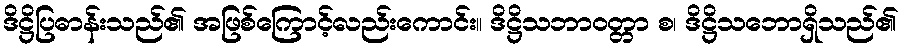
ဒိဋ္ဌိပြဓာန်းသည်၏ အဖြစ်ကြောင့်လည်းကောင်း။ ဒိဋ္ဌိသဘာဝတ္တာ စ၊ ဒိဋ္ဌိသဘောရှိသည်၏